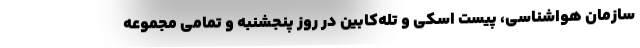
سازمان هواشناسی، پیست اسکی و تله‌کابین در روز پنجشنبه و تمامی مجموعه